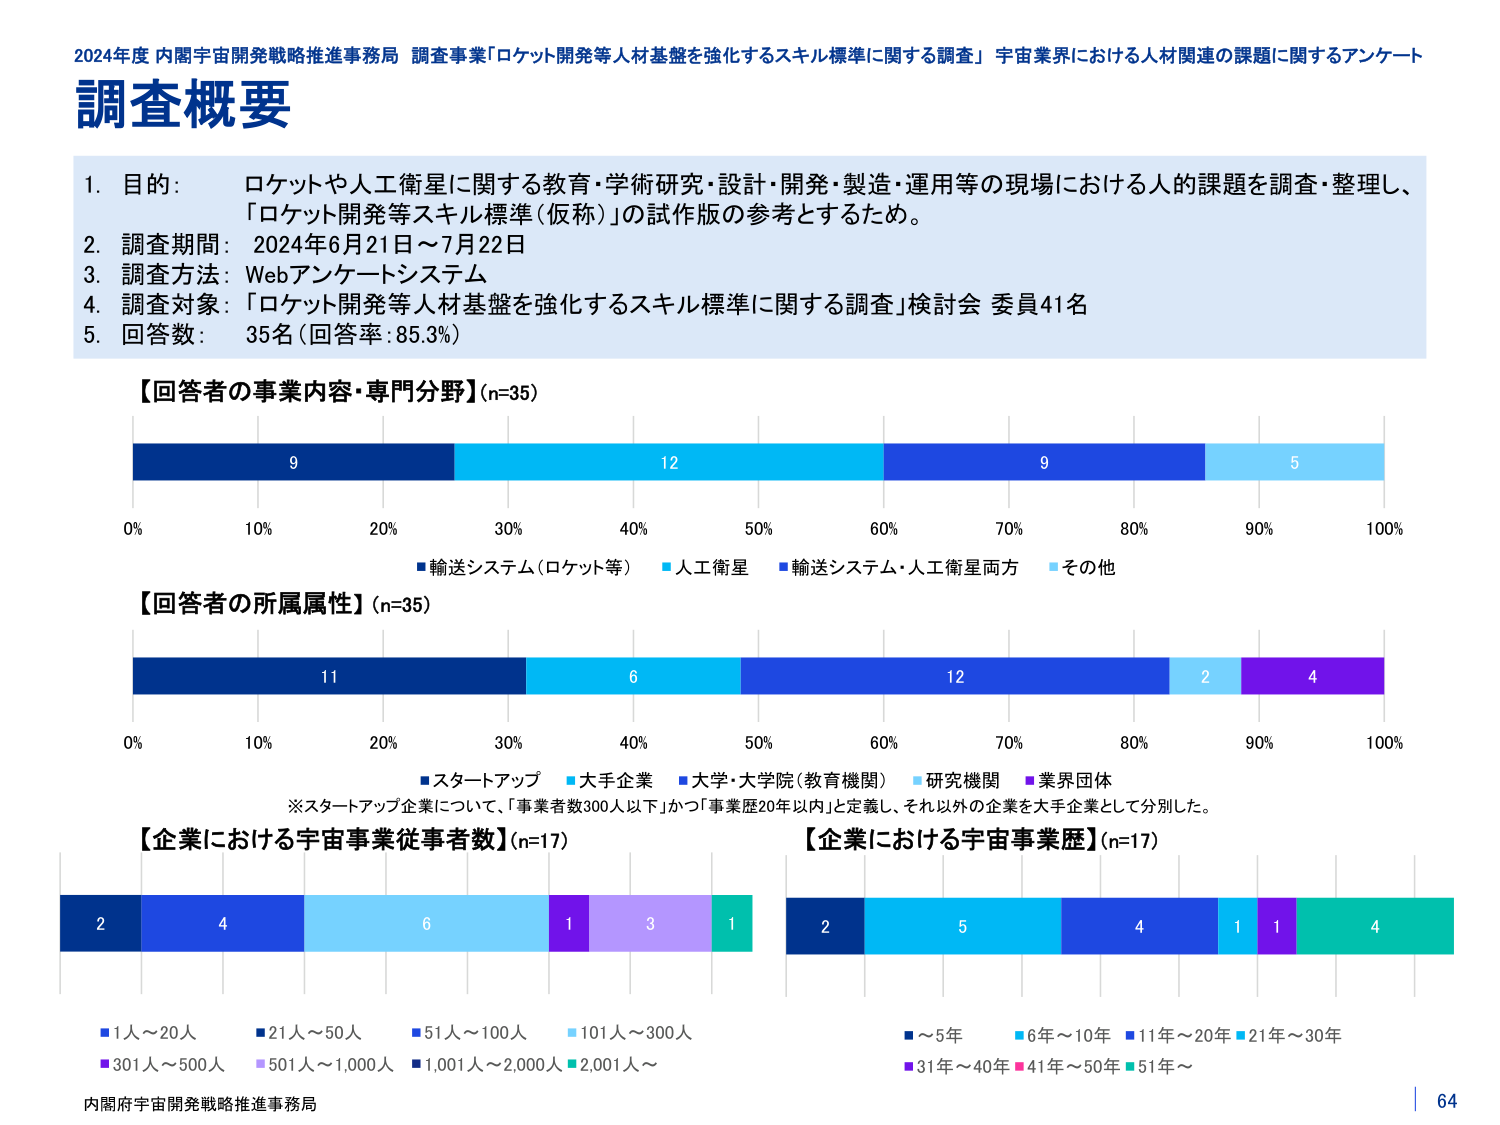
2024年度 内閣宇宙開発戦略推進事務局 調査事業「ロケット開発等人材基盤を強化するスキル標準に関する調査」 宇宙業界における人材関連の課題に関するアンケート
調査概要

1. 目的： ロケットや人工衛星に関する教育・学術研究・設計・開発・製造・運用等の現場における人的課題を調査・整理し、「ロケット開発等スキル標準（仮称）」の試作版の参考とするため。
2. 調査期間： 2024年6月21日～7月22日
3. 調査方法： Webアンケートシステム
4. 調査対象： 「ロケット開発等人材基盤を強化するスキル標準に関する調査」検討会 委員41名
5. 回答数： 35名（回答率：85.3%）

【回答者の事業内容・専門分野】(n=35)
9 12 9 5
0% 10% 20% 30% 40% 50% 60% 70% 80% 90% 100%
■輸送システム（ロケット等） ■人工衛星 ■輸送システム・人工衛星両方 ■その他

【回答者の所属属性】(n=35)
11 6 12 2 4
0% 10% 20% 30% 40% 50% 60% 70% 80% 90% 100%
■スタートアップ ■大手企業 ■大学・大学院（教育機関） ■研究機関 ■業界団体
※スタートアップ企業について、「事業者数300人以下」かつ「事業歴20年以内」と定義し、それ以外の企業を大手企業として分別した。

【企業における宇宙事業従事者数】(n=17)
2 4 6 1 3 1
■1人～20人 ■21人～50人 ■51人～100人 ■101人～300人
■301人～500人 ■501人～1,000人 ■1,001人～2,000人 ■2,001人～

【企業における宇宙事業歴】(n=17)
2 5 4 1 1 4
■～5年 ■6年～10年 ■11年～20年 ■21年～30年
■31年～40年 ■41年～50年 ■51年～

内閣府宇宙開発戦略推進事務局
64